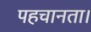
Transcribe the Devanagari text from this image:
पहचानता।